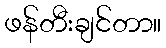
ဖန်တီးချင်တာ။